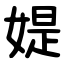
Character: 媞